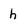
Character: h